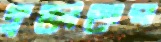
দুচোখের